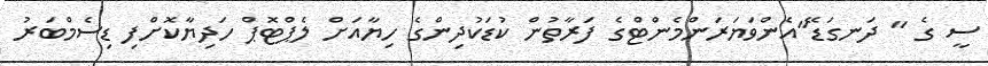
ސީ ގެ " ދަނގަޑޭ"އެންވަޔަރަންމެންޓްގެ ފަރާތުން ކުޑަކުދިންގެ ހިޔާއަށް ލެޕްޓޮޕް ހަދިޔާކޮށްފި ޑިސެމްބަރު